Report of the Indian Hemp Drugs Commission, 1894-1895 - Volume IV
Year: 1894
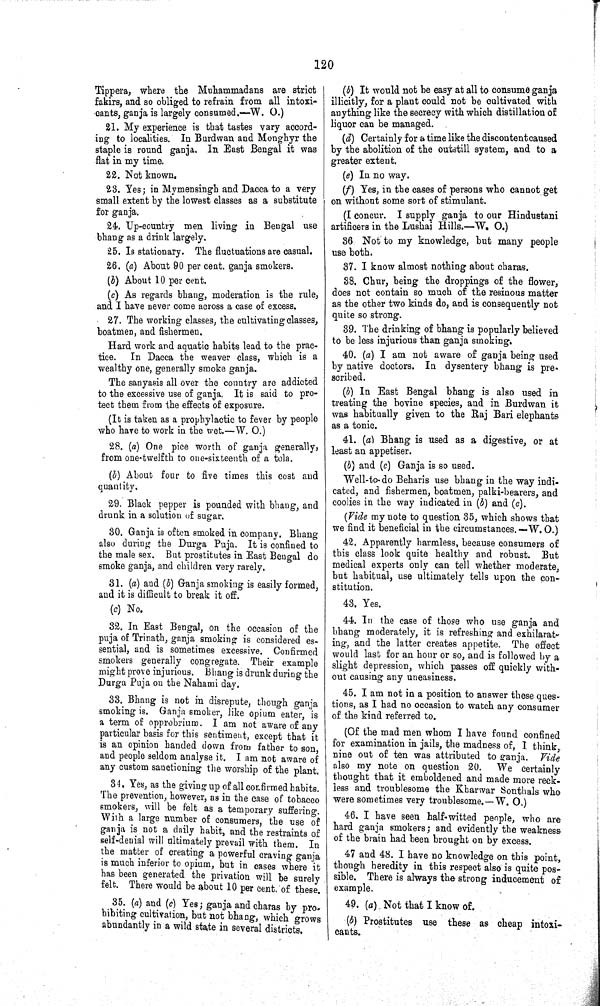
120
Tippera, where the Muhammadans are strict
fakirs, and so obliged to refrain from all intoxi¬
cants, ganja is largely consumed.—W. O.)
21. My experience is that tastes vary accord¬
ing to localities. In Burdwan and Monghyr the
staple is round ganja. In East Bengal it was
flat in my time.
22. Not known.
23. Yes; in Mymensingh and Dacca to a very
small extent by the lowest classes as a substitute
for ganja.
24. Up-country men living in Bengal use
bhang as a drink largely.
25. Is stationary. The fluctuations are casual.
26. (a) About 90 per cent, ganja smokers.
(b) About 10 per cent.
(c) As regards bhang, moderation is the rule,
and I have never come across a case of excess.
27. The working classes, the cultivating classes,
boatmen, and fishermen.
Hard work and aquatic habits lead to the prac¬
tice. In Dacca the weaver class, which is a
wealthy one, generally smoke ganja.
The sanyasis all over the country are addicted
to the excessive use of ganja. It is said to pro¬
tect them from the effects of exposure.
(It is taken as a prophylactic to fever by people
who have to work in the wet.—W. O.)
28. (a) One pice worth of ganja generally,
from one-twelfth to one-sixteenth of a tola.
(b) About four to five times this cost and
quantity.
29. Black pepper is pounded with bhang, and
drunk in a solution of sugar.
30. Ganja is often smoked in company. Bhang
also during the Durga Puja. It is confined to
the male sex. But prostitutes in East Bengal do
smoke ganja, and children very rarely.
31. (a) and (b) Ganja smoking is easily formed,
and it is difficult to break it off.
(c) No.
32. In East Bengal, on the occasion of the
puja of Trinath, ganja smoking is considered es¬
sential, and is sometimes excessive. Confirmed
smokers generally congregate. Their example
might prove injurious. Bhang is drunk during the
Durga Puja on the Nahami day.
33. Bhang is not in disrepute, though ganja
smoking is. Ganja smoker, like opium eater, is
a term of opprobrium. I am not aware of any
particular basis for this sentiment, except that it
is an opinion handed down from father to son,
and people seldom analyse it. I am not aware of
any custom sanctioning the worship of the plant.
34. Yes, as the giving up of all confirmed habits.
The prevention, however, as in the case of tobacco
smokers, will be felt as a temporary suffering.
With a large number of consumers, the use of
ganja is not a daily habit, and the restraints of
self-denial will ultimately prevail with them. In
the matter of creating a powerful craving ganja
is much inferior to opium, but in cases where it
has been generated the privation will be surely
felt. There would be about 10 per cent. of these.
35. (a) and (c) Yes; ganja and charas by pro¬
hibiting cultivation, but not bhang, which grows
abundantly in a wild state in several districts.
(b) It would not be easy at all to consume ganja
illicitly, for a plant could not be cultivated with
anything like the secrecy with which distillation of
liquor can be managed.
(d) Certainly for a time like the discontent caused
by the abolition of the outstill system, and to a
greater extent.
(e) In no way.
(f) Yes, in the cases of persons who cannot get
on without some sort of stimulant.
(I concur. I supply ganja to our Hindustani
artificers in the Lushai Hills.—W. O.)
36 Not to my knowledge, but many people
use both.
37. I know almost nothing about charas.
38. Chur, being the droppings of the flower,
does not contain so much of the resinous matter
as the other two kinds do, and is consequently not
quite so strong.
39. The drinking of bhang is popularly believed
to be less injurious than ganja smoking.
40. (a) I am not aware of ganja being used
by native doctors. In dysentery bhang is pre¬
scribed.
(b) In East Bengal bhang is also used in
treating the bovine species, and in Burdwan it
was habitually given to the Raj Bari elephants
as a tonic.
41. (a) Bhang is used as a digestive, or at
least an appetiser.
(b) and (c) Ganja is so used.
Well-to-do Beharis use bhang in the way indi¬
cated, and fishermen, boatmen, palki-bearers, and
coolies in the way indicated in (b) and (c).
(Vide my note to question 35, which shows that
we find it beneficial in the circumstances. —W. O.)
42. Apparently harmless, because consumers of
this class look quite healthy and robust. But
medical experts only can tell whether moderate,
but habitual, use ultimately tells upon the con¬
stitution.
43. Yes.
44. In the case of those who use ganja and
bhang moderately, it is refreshing and exhilarat-
ing, and the latter creates appetite. The effect
would last for an hour or so, and is followed by a
slight depression, which passes off quickly with¬
out causing any uneasiness.
45. I am not in a position to answer these ques¬
tions, as I had no occasion to watch any consumer
of the kind referred to.
(Of the mad men whom I have found confined
for examination in jails, the madness of, I think,
nine out of ten was attributed to ganja. Vide
also my note on question 20. We certainly
thought that it emboldened and made more reck¬
less and troublesome the Kharwar Sonthals who
were sometimes very troublesome.-W. O.)
46. I have seen half-witted people, who are
hard ganja smokers; and evidently the weakness
of the brain had been brought on by excess.
47 and 48. I have no knowledge on this point,
though heredity in this respect also is quite pos¬
sible. There is always the strong inducement of
example.
49. (a) Not that I know of.
(b) Prostitutes use these as cheap intoxi¬
cants.